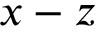
x - z